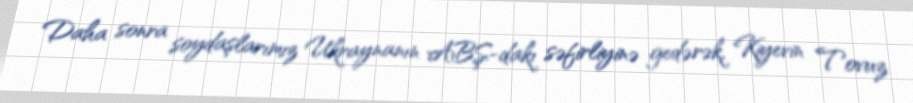
Daha sonra soydaşlarımız Ukraynanın ABŞ-dakı səfirliyinə gedərək, Kiyevin Tovuz